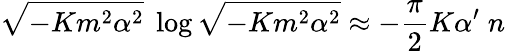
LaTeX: \sqrt{-Km^{2}\alpha^{2}}\; \log\sqrt{-Km^{2}\alpha^{2}}\approx-\frac{\pi}{2}K\alpha^{\prime}\; n